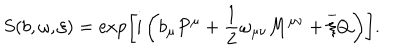
S ( b , \omega , \xi ) = \exp \left[ \mathrm { i } \left( b _ { \mu } P ^ { \mu } + \frac { 1 } { 2 } \omega _ { \mu \nu } M ^ { \mu \nu } + \overline { { { \xi } } } Q \right) \right] .